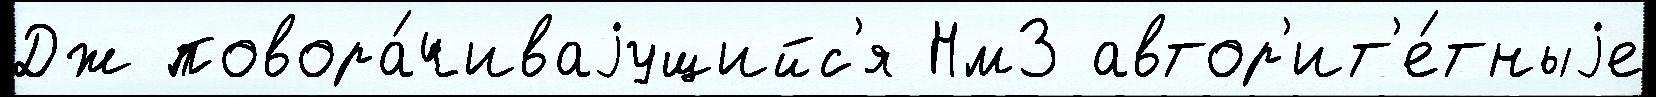
Дж повора́чиваjущийс'я Нм3 автор'ит'е́тныjе